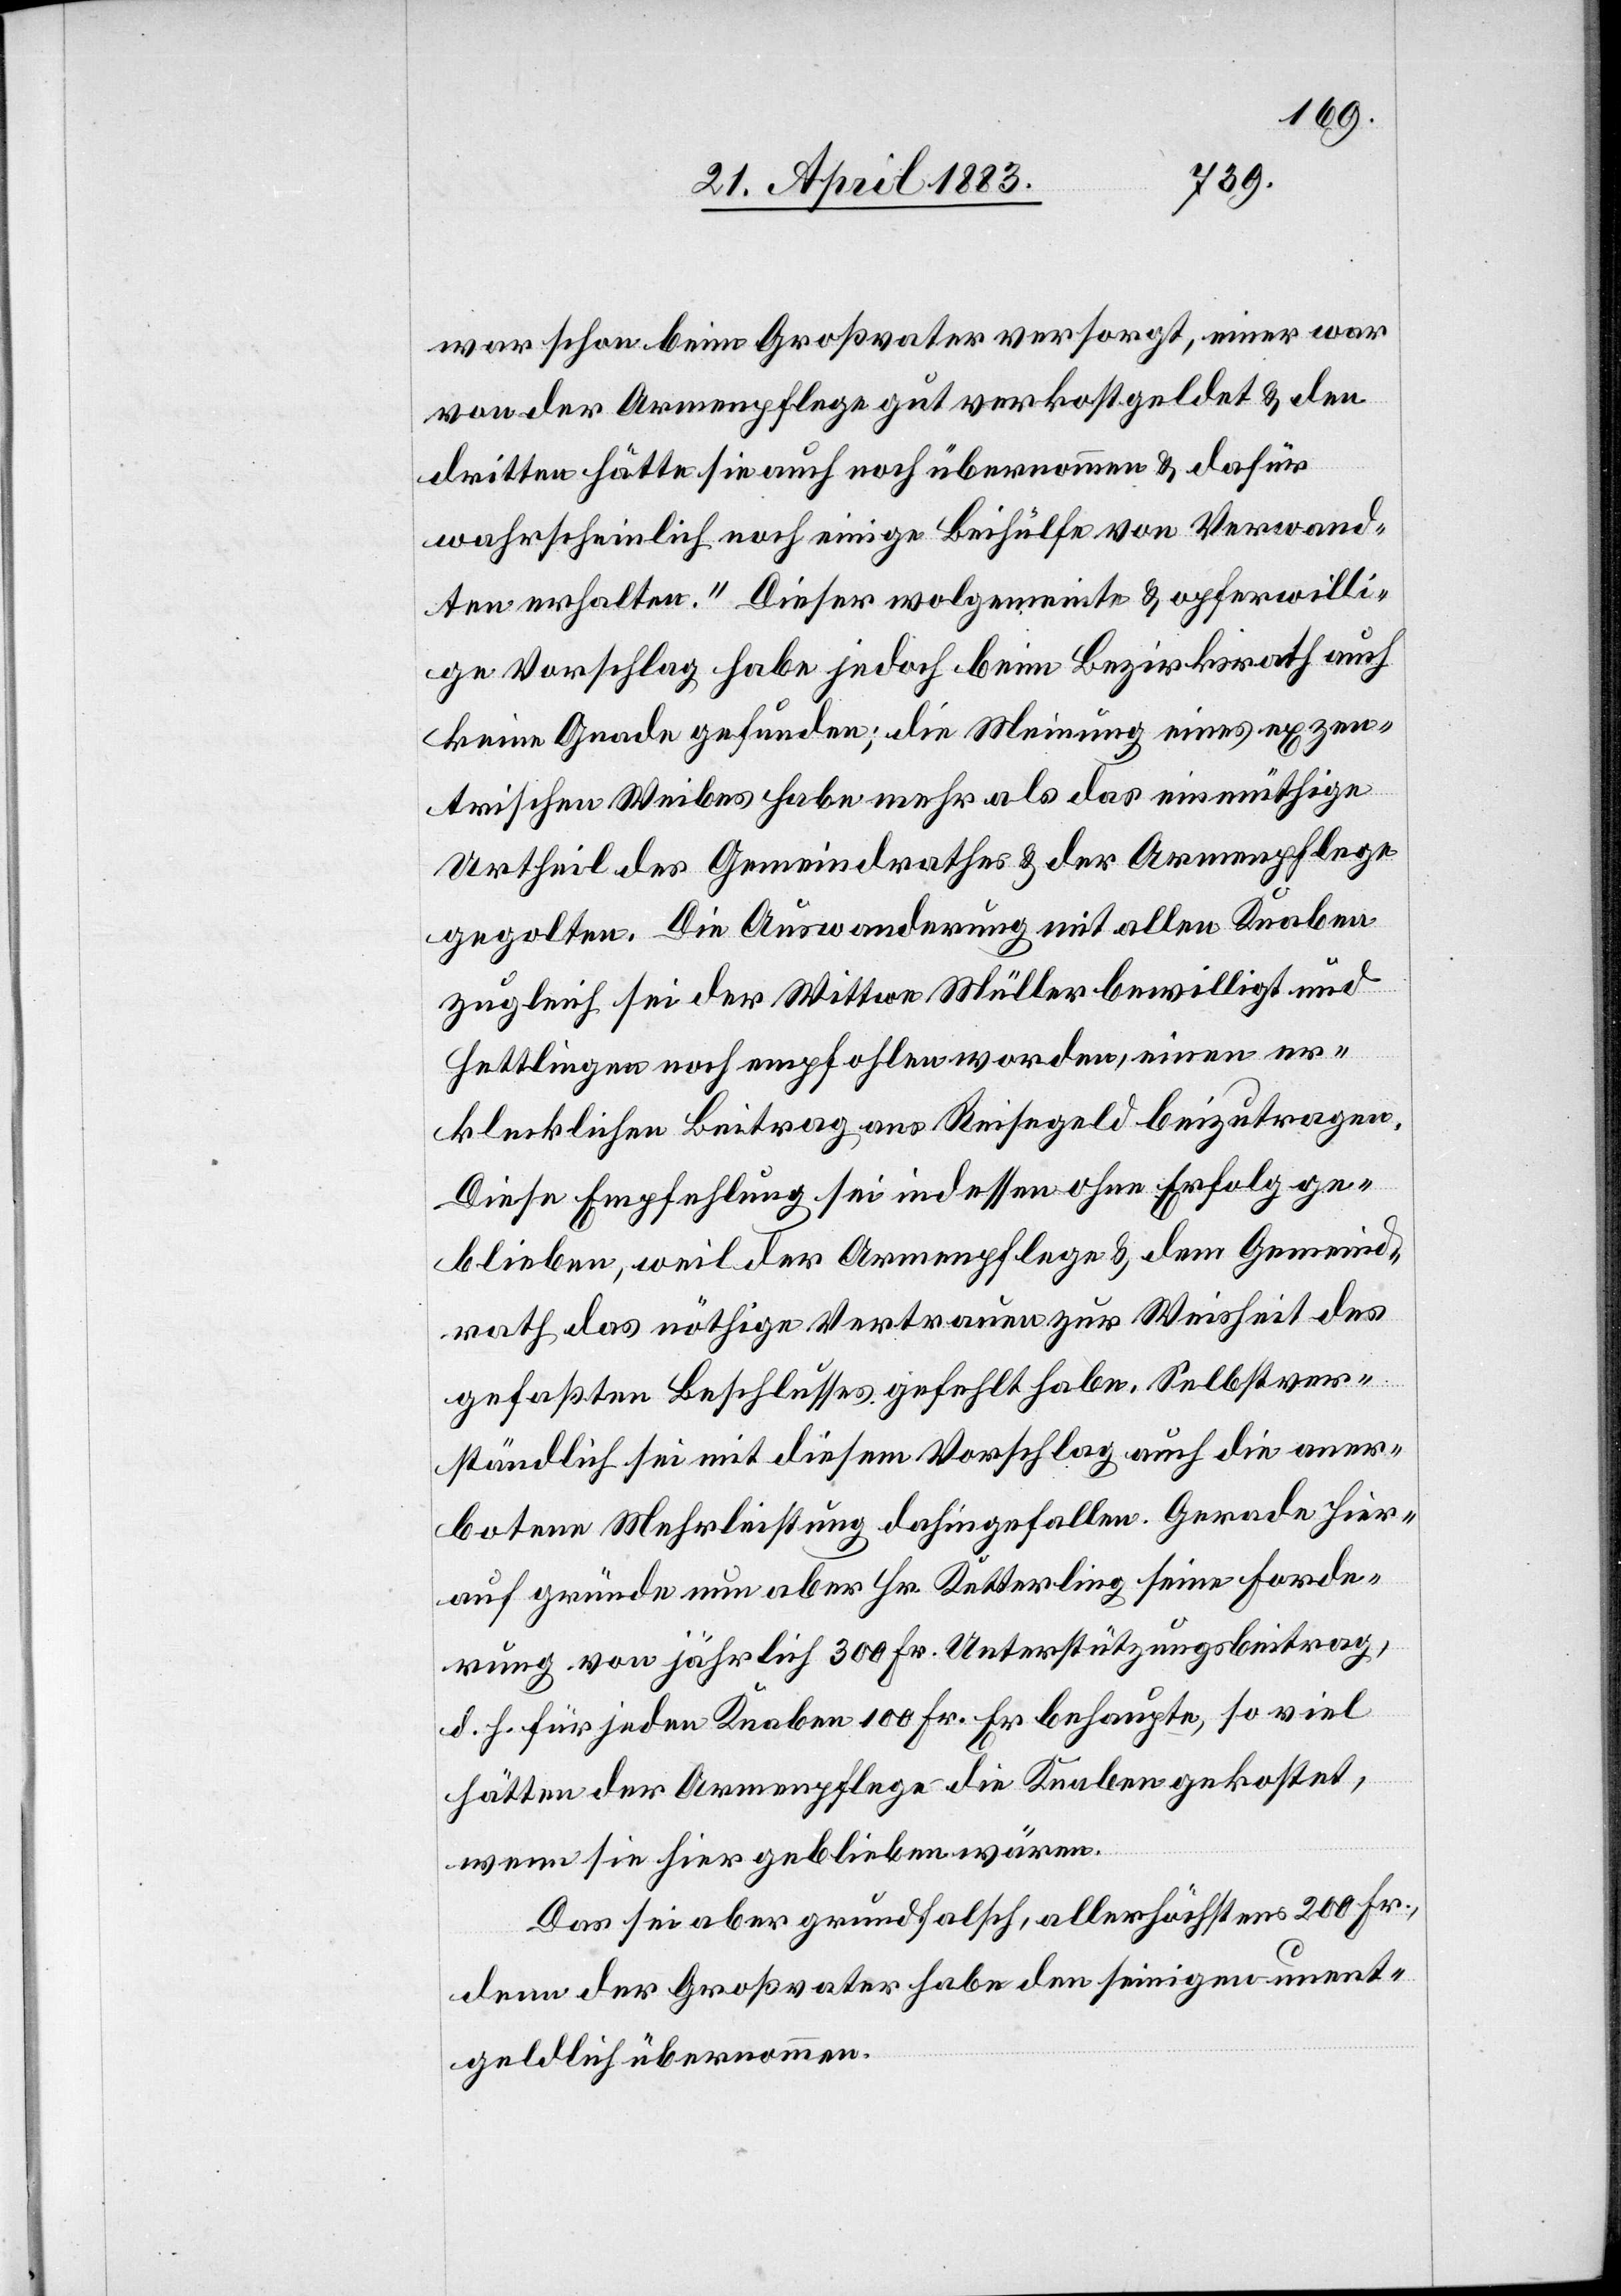
war schon beim Großvater versorgt, einer war
von der Armenpflege gut verkostgeldet & den
dritten hätte sie auch noch übernommen & dafür
wahrscheinlich noch einige Beihülfe von Verwand¬
ten erhalten.“ Dieser wolgemeinte & opferwilli¬
ge Vorschlag habe jedoch beim Bezirksrath auch
keine Gnade gefunden; die Meinung eines exzen¬
trischen Weibes habe mehr als das einmüthige
Urtheil des Gemeindrathes & der Armenpflege
gegolten. Die Auswanderung mit allen Knaben
zugleich sei der Wittwe Müller bewilligt und
Hettlingen noch empfohlen worden, einen er¬
klecklichen Beitrag ans Reisegeld beizutragen.
Diese Empfehlung sei indessen ohne Erfolg ge¬
blieben, weil der Armenpflege & dem Gemeind¬
rath das nöthige Vertrauen zur Weisheit des
gefaßten Beschlusses gefehlt habe. Selbstver¬
ständlich sei mit diesem Vorschlag auch die aner¬
botene Mehrleistung dahingefallen. Gerade hier¬
auf gründe nun aber Hr. Ketterling seine Forde¬
rung von jährlich 300 Fr. Unterstützungsbeitrag,
d. h. für jeden Knaben 100 Fr. Er behaupte, so viel
hätten der Armenpflege die Knaben gekostet,
wenn sie hier geblieben wären.
Das sei aber grundfalsch, allerhöchstens 200 Fr.,
denn der Großvater habe den seinigen unent¬
geldlich übernommen.